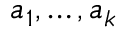
a _ { 1 } , \ldots , a _ { k }